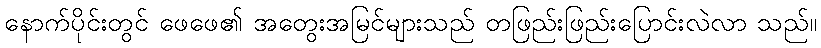
နောက်ပိုင်းတွင် ဖေဖေ၏ အတွေးအမြင်များသည် တဖြည်းဖြည်းပြောင်းလဲလာ သည်။